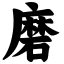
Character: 磨